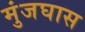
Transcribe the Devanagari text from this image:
मुंजघास